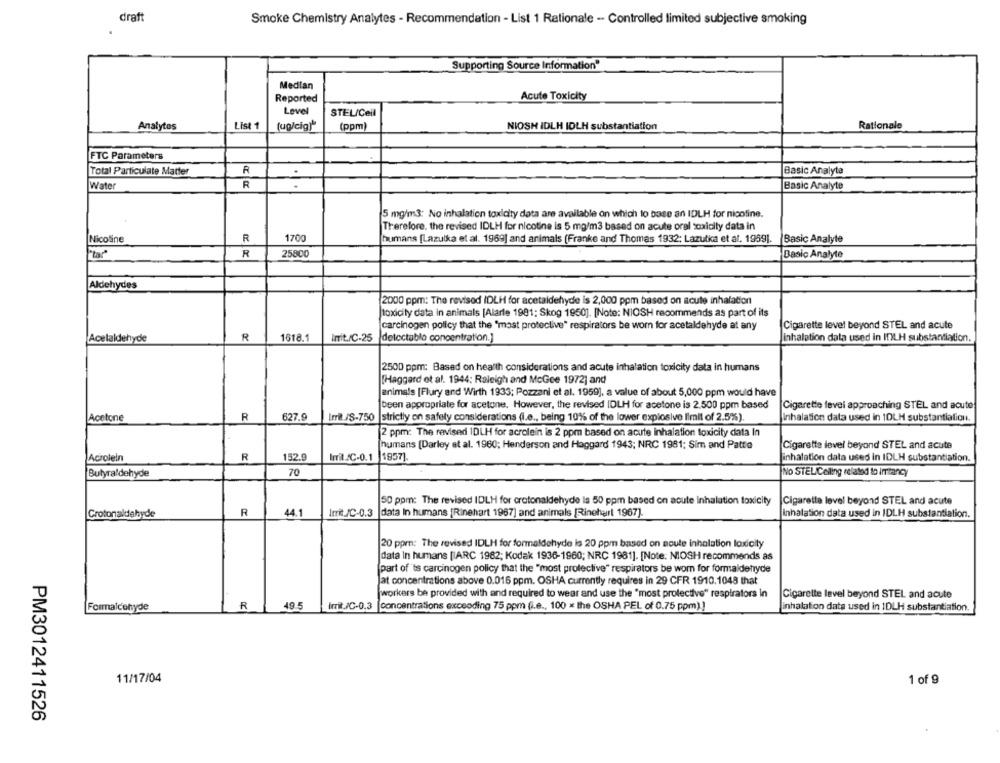
draft
Smoke Chemistry Analytes - Recommendation - List 1 Rationale - Controlled limited subjective smoking
Supporting Source Information"
Median
Reported
Acute Toxicity
Level
STEL/Cell
Analytos
List 1
(ug/cig)"
(ppm)
NIOSH IDLH IDLH substantiation
Rationale
FTC Parameters
Total Particulate Matter
R
Basic Analyta
R
Water
. .
Basic Analyte
5 mg/m3: No inhalation toxicity data are available on which to base an IDLH for nicotine.
Therefore. the revised IDLH for nicotine is 5 mg/m3 based on acute oral toxicity data in
1700
Nicotine
R
humans [Lazulka et al. 1969] and animals (Franke and Thomas 1932; Lazulka et al. 1959].
Basic Analyle
25800
R
Basic Analyte
Aldehydes
2000 ppm: The revised IDLH for acetaldehyde is 2,000 ppm based on acute inhalation
toxicity data in animals [Alarle 1981; Skog 1950]. [Note: NIOSH recommends as part of its
carcinogen policy that the "most protective" respirators be wom for acetaldehyde at any
Cigarette level beyond STEL and acute
Acelaldehyde
R
1618.1
Irrit./C-25
detectablo concentration.]
inhalation data used in ITLH substantiation.
2500 ppm: Based on health considerations and acute inhalation toxicity data in humans
[Haggard et al. 1944: Raleigh and McGee 1972] and
animals [Flury and Wirth 1933; Pozzani et al. 1959], a value of about 5,000 ppm would have
been appropriate for acetone. However, the revised IDLH for acetone is 2.500 ppm based
Cigarette level approaching STEL and acute
Acetone
R
827.9
Imil /8-750 |strictly on safety considerations (l.e ., being 10% of the lower explosive limit of 2.5%).
inhalation data used in 1DLH substantialion.
2 ppm: The revised 1DLH for acrolein is 2 ppm based on acute inhalation toxicity data In
humans [Darley et al. 1960; Henderson and Haggard 1943; NRC 1981; Sim and Patte
Cigarette level beyond STEL and acute
Acroleln
R
152.9
Imril.SC-0.1
1957]
inhalation data used in IDLH substantiation.
Butyraldehyde
70
No STELICeling related to imitancy
50 ppm: The revised IDLH for crotonaldehyde is 50 ppm based on acute inhalation toxicity
Cigarette level beyond STEL and acute
R
data In humans [Rinehart 1967] and animals [Rinehart 1967].
Crotonaldehyde
44.1
Irrit_JC-0.3
Inhalation data used in IDLH substantiation.
20 ppm: The revised IDLH for formaldehyde is 20 ppm based on acute inhalation loxicity
data In humans [IARC 1982; Kodak 1936-1960; NRC 1981]. [Note: NIOSH recommends as
part of 'ts carcinogen policy that the "most proleclive" respirators be wom for formaldehyde
Jat concentrations above 0.016 ppm. OSHA currently requires in 29 CFR 1910.1048 that
workers be provided with and required to wear and use the "most protective" respirators in
Cigarette level beyond STEL and acute
Formaldehyde
R
49.5
Imit/C-0.3
concentrations exceeding 75 ppm (i.e ., 100 x the OSHA PEL of 0.75 ppm)]
inhalation data used in 1DLH substantiation
11/17/04
1 of 9
PM3012411526